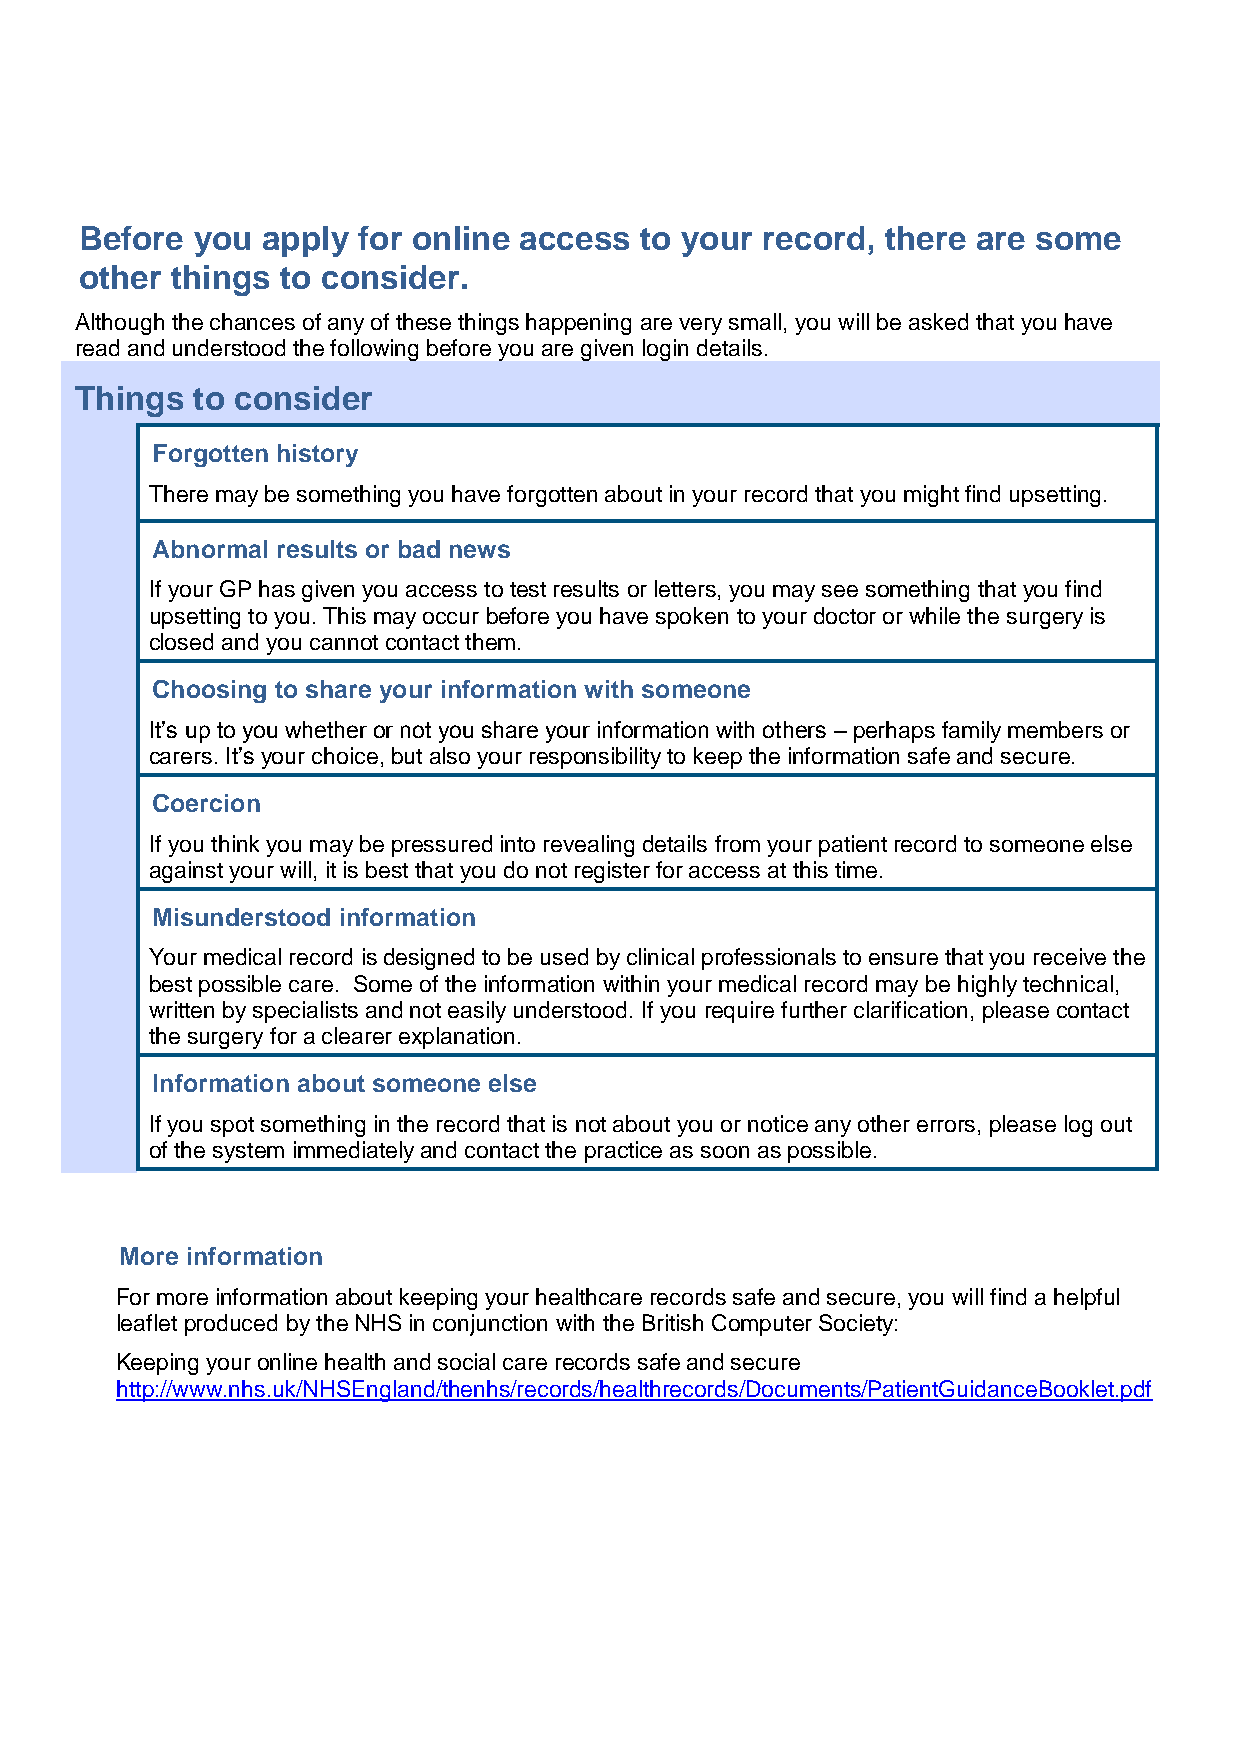
Before  you apply  for online access to your record,  there are some
 other things  to consider.
 Although the chances of any of these things happening are very small, you will be asked that you have
 read and understood the following before you are given login details.
 Things  to consider
 Forgotten history
 There may be something you have forgotten about in your record that you might find upsetting.
 Abnormal results or bad news
 If your GP has given you access to test results or letters, you may see something that you find
 upsetting to you. This may occur before you have spoken to your doctor or while the surgery is
 closed and you cannot contact them.
 Choosing to share your information with someone
 It’s up to you whether or not you share your information with others – perhaps family members or
 carers. It’s your choice, but also your responsibility to keep the information safe and secure.
 Coercion
 If you think you may be pressured into revealing details from your patient record to someone else
 against your will, it is best that you do not register for access at this time.
 Misunderstood information
 Your medical record is designed to be used by clinical professionals to ensure that you receive the
 best possible care. Some of the information within your medical record may be highly technical,
 written by specialists and not easily understood. If you require further clarification, please contact
 the surgery for a clearer explanation.
 Information about someone else
 If you spot something in the record that is not about you or notice any other errors, please log out
 of the system immediately and contact the practice as soon as possible.
 More information
 For more information about keeping your healthcare records safe and secure, you will find a helpful
 leaflet produced by the NHS in conjunction with the British Computer Society:
 Keeping your online health and social care records safe and secure
 http://www.nhs.uk/NHSEngland/thenhs/records/healthrecords/Documents/PatientGuidanceBooklet.pdf